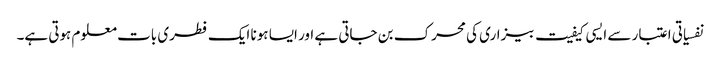
نفسیاتی اعتبار سے ایسی کیفیت بیزاری کی محرک بن جاتی ہے اور ایسا ہونا ایک فطری بات معلوم ہوتی ہے۔